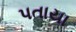
પતાયા